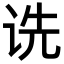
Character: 诜